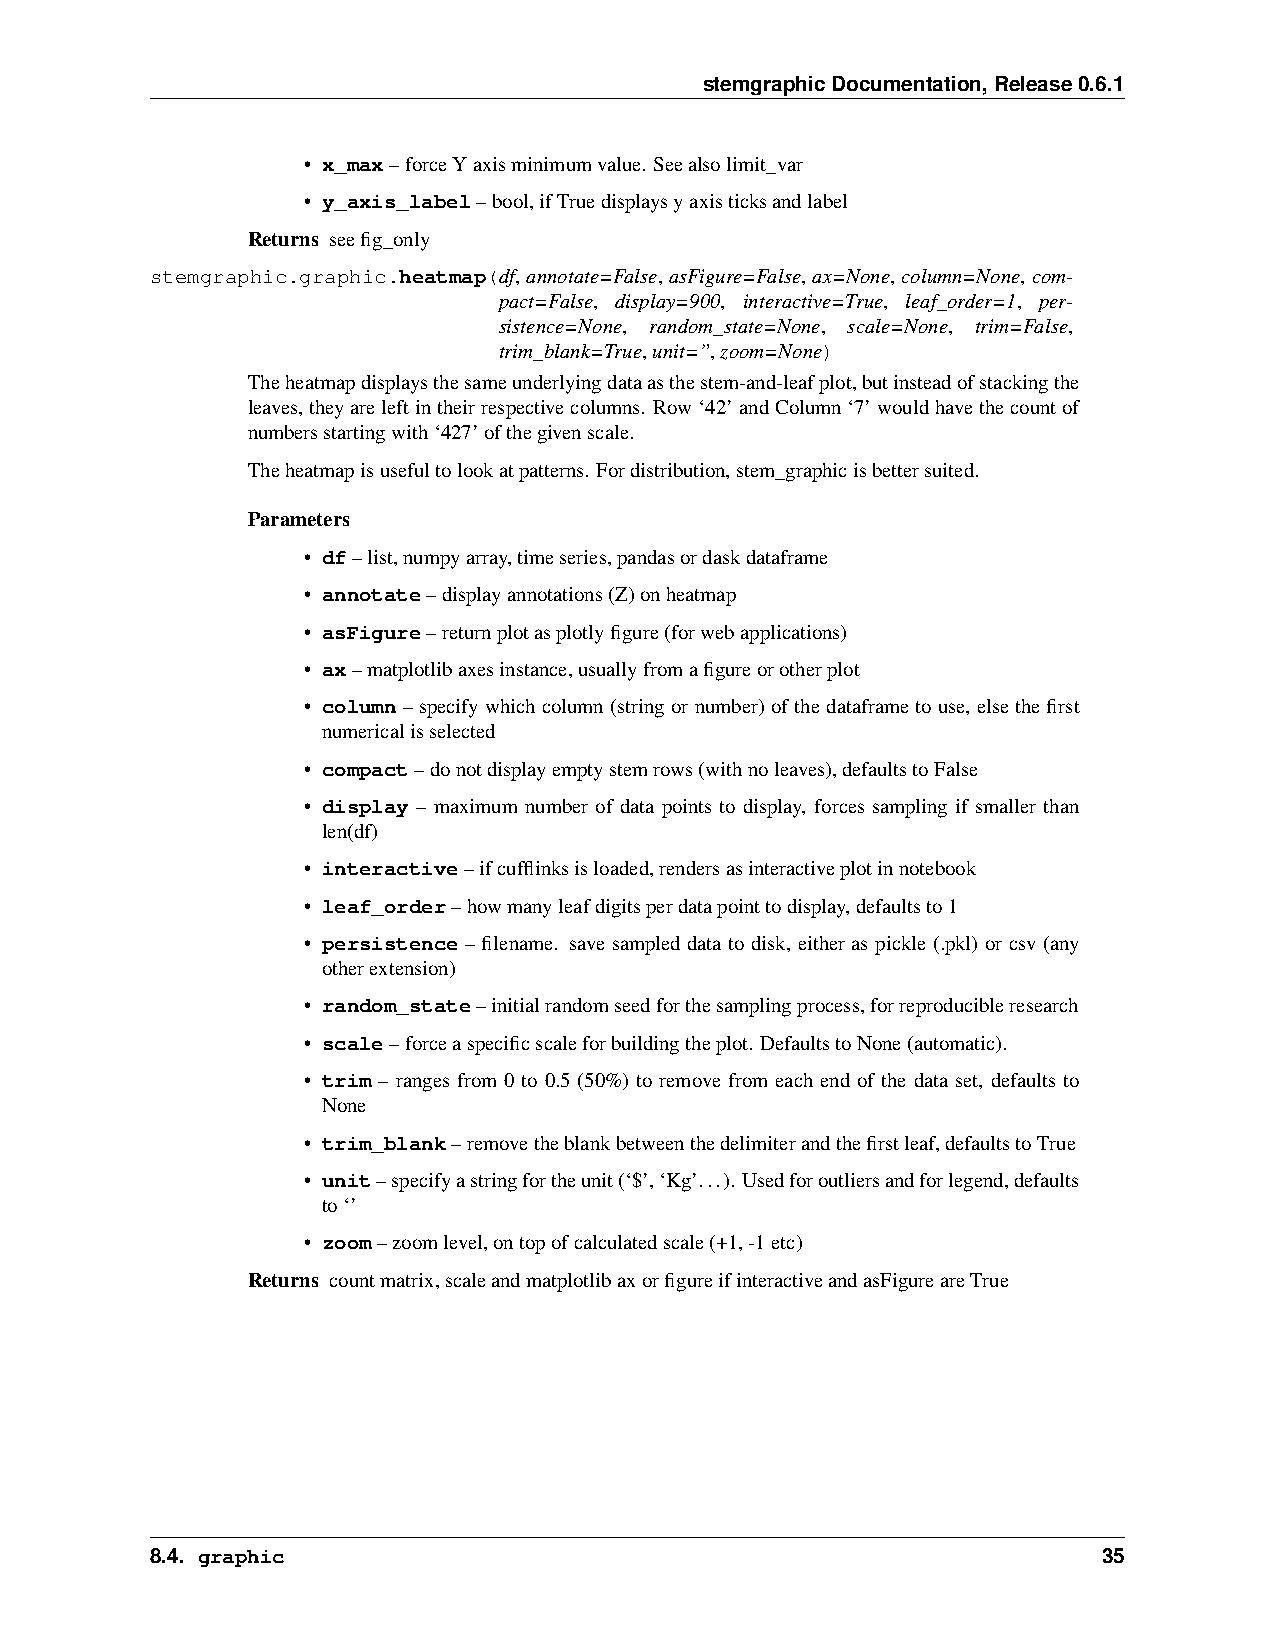
stemgraphicDocumentation,Release0.6.1
 • x_max–forceYaxisminimumvalue. Seealsolimit_var
 • y_axis_label–bool,ifTruedisplaysyaxisticksandlabel
 Returns seefig_only
 stemgraphic.graphic.heatmap(df, annotate=False, asFigure=False, ax=None, column=None, com-
 pact=False, display=900, interactive=True, leaf_order=1, per-
 sistence=None, random_state=None, scale=None, trim=False,
 trim_blank=True,unit=”,zoom=None)
 Theheatmapdisplaysthesameunderlyingdataasthestem-and-leafplot,butinsteadofstackingthe
 leaves,theyareleftintheirrespectivecolumns. Row‘42’andColumn‘7’wouldhavethecountof
 numbersstartingwith‘427’ofthegivenscale.
 Theheatmapisusefultolookatpatterns. Fordistribution,stem_graphicisbettersuited.
 Parameters
 • df–list,numpyarray,timeseries,pandasordaskdataframe
 • annotate–displayannotations(Z)onheatmap
 • asFigure–returnplotasplotlyfigure(forwebapplications)
 • ax–matplotlibaxesinstance,usuallyfromafigureorotherplot
 • column–specifywhichcolumn(stringornumber)ofthedataframetouse, elsethefirst
 numericalisselected
 • compact–donotdisplayemptystemrows(withnoleaves),defaultstoFalse
 • display – maximum number of data points to display, forces sampling if smaller than
 len(df)
 • interactive–ifcufflinksisloaded,rendersasinteractiveplotinnotebook
 • leaf_order–howmanyleafdigitsperdatapointtodisplay,defaultsto1
 • persistence – filename. save sampled data to disk, either as pickle (.pkl) or csv (any
 otherextension)
 • random_state–initialrandomseedforthesamplingprocess,forreproducibleresearch
 • scale–forceaspecificscaleforbuildingtheplot. DefaultstoNone(automatic).
 • trim – ranges from 0 to 0.5 (50%) to remove from each end of the data set, defaults to
 None
 • trim_blank–removetheblankbetweenthedelimiterandthefirstleaf,defaultstoTrue
 • unit–specifyastringfortheunit(‘$’,‘Kg’...). Usedforoutliersandforlegend,defaults
 to‘’
 • zoom–zoomlevel,ontopofcalculatedscale(+1,-1etc)
 Returns countmatrix,scaleandmatplotlibaxorfigureifinteractiveandasFigureareTrue
 8.4. graphic                                                   35